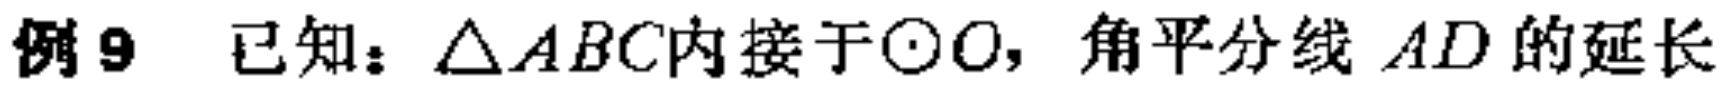
例9 已知：$\triangle ABC$内接于$\odot O$，角平分线$AD$的延长